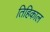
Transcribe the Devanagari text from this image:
तिहिकाल